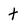
Character: t